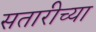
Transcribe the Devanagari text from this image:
सतारीच्या